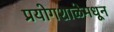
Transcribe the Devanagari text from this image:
प्रयोगशाळेमधून